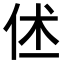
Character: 𬽼